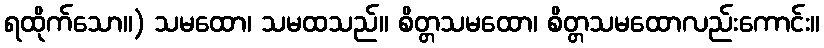
ရထိုက်သော။) သမထော၊ သမထသည်။ စိတ္တသမထော၊ စိတ္တသမထောလည်းကောင်း။